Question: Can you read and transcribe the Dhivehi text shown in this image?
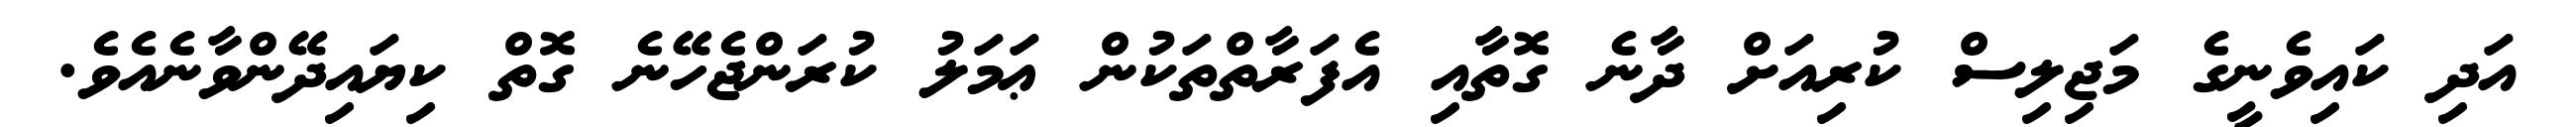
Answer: އަދި ކައިވެނީގެ މަޖިލިސް ކުރިއަށް ދާނެ ގޮތާއި އެފަރާތްތަކުން ޢަމަލު ކުރަންޖެހޭނެ ގޮތް ކިޔައިދޭންވާނެއެވެ.